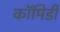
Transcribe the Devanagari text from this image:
कॉमिडी